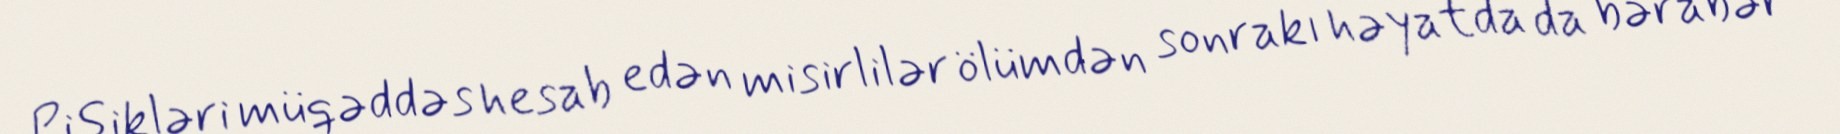
Pişikləri müqəddəs hesab edən misirlilər ölümdən sonrakı həyatda da bərabər